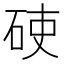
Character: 𥒅